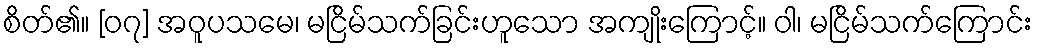
စိတ်၏။ [၀၇] အဝူပသမေ၊ မငြိမ်သက်ခြင်းဟူသော အကျိုးကြောင့်။ ဝါ၊ မငြိမ်သက်ကြောင်း